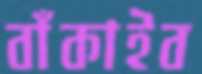
বাঁকাইব